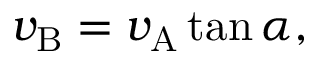
v _ { \mathrm { B } } = v _ { \mathrm { A } } \tan \alpha ,